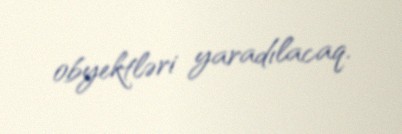
obyektləri yaradılacaq.